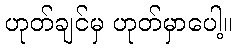
ဟုတ်ချင်မှ ဟုတ်မှာပေါ့။